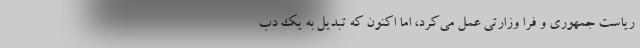
ریاست جمهوری و فرا وزارتی عمل می‌کرد، اما اکنون که تبدیل به یک دب